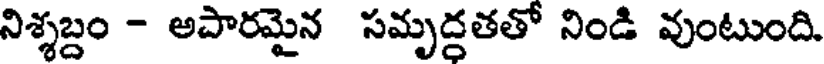
నిశ్శబ్దం - అపారమైన సమృద్దతతో నిండి వుంటుంది.